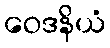
ဝေဒနိယံ